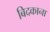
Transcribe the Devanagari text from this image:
बिदकाना